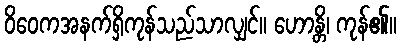
ဝိဝေကအနက်ရှိကုန်သည်သာလျှင်။ ဟောန္တိ၊ ကုန်၏။